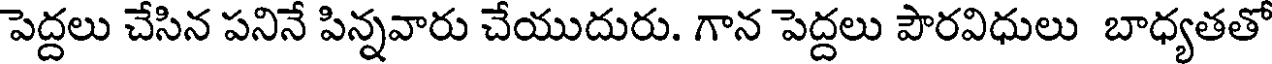
పెద్దలు చేసిన పనినే పిన్నవారు చేయుదురు. గాన పెద్దలు పౌరవిధులు బాధ్యతతో